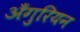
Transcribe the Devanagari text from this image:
अँगुरियन